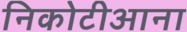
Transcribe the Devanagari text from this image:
निकोटीआना